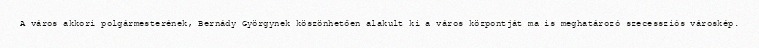
A város akkori polgármesterének, Bernády Györgynek köszönhetően alakult ki a város központját ma is meghatározó szecessziós városkép.